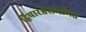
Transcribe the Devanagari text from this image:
द्विपारश्वसममित